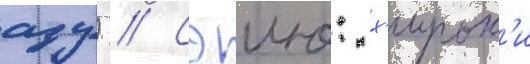
аду) // Сэию: х'ирок'и